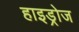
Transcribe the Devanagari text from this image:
हाइड्रोज